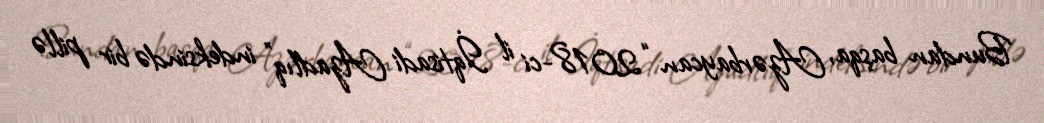
Bundan başqa, Azərbaycan “2018-ci il İqtisadi Azadlıq” indeksində bir pillə